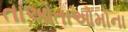
તાઓતાઓમોના